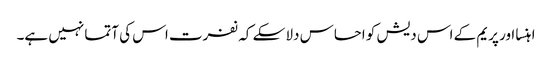
اہنسا اور پریم کے اس دیش کو احساس دلا سکے کہ نفرت اس کی آتما نہیں ہے۔